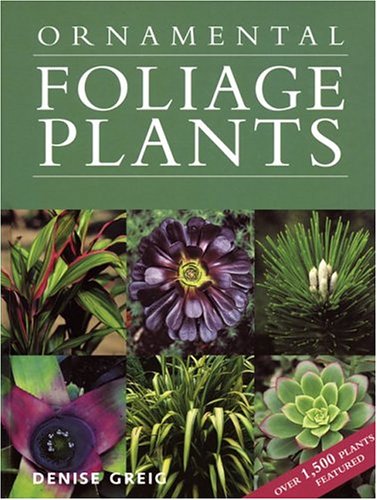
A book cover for Ornamental Foliage Plants; Denise Greig; Crafts, Hobbies & Home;